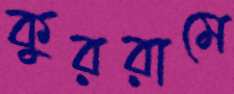
কুররামে